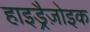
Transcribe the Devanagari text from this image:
हाइड्रैज़ोइक